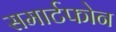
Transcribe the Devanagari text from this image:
समार्टफोन